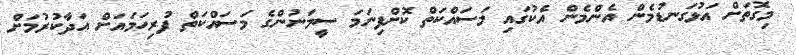
މިގޮތަށް އަޅުގަނޑުމެން އެންމެން އެކުގައި މަސައްކަތް ކޮށްފިނަމަ ސީމަނުންގެ މަސައްކަތް ފުރިހަމައަށް އަދާކުރުމަށް